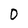
Character: 0